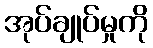
အုပ်ချုပ်မှုကို